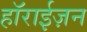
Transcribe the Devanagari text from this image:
हाॅराईज़न